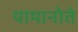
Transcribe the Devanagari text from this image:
यामानोते